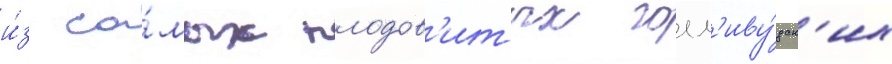
и́з са́мых плодов'итых голл'иву́дск'их